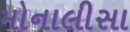
મોનાલીસા